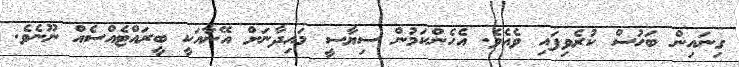
ގިނައިން ބަހުސް ކުރެވިފައި ވެއެވެ. އެހެންކަމުން ސިޔާސީ މައިދާނަށް އޭނާއަކީ ބީރައްޓެއްސެއް ނޫނެވެ.